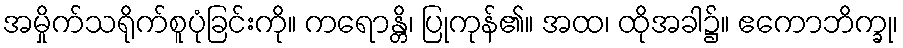
အမှိုက်သရိုက်စူပုံခြင်းကို။ ကရောန္တိ၊ ပြုကုန်၏။ အထ၊ ထိုအခါ၌။ ဧကောဘိက္ခု၊